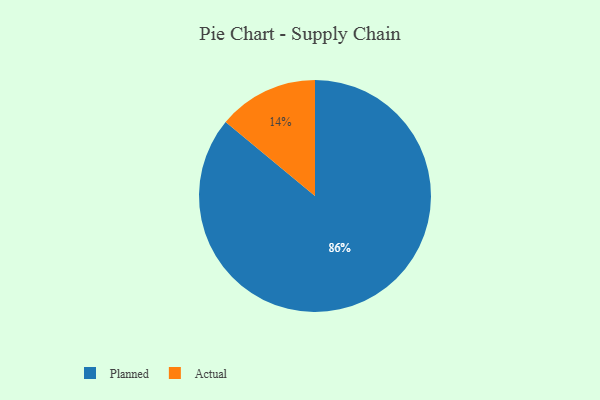
{"axis": {"x": "Category", "y": "Percentage"}, "legend": ["Actual", "Planned"], "data": [{"x": "Planned", "y": 86, "type": "Planned"}, {"x": "Actual", "y": 14, "type": "Actual"}]}